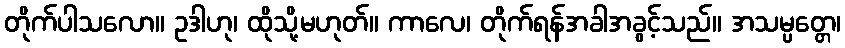
တိုက်ပါသလော။ ဥဒါဟု၊ ထိုသို့မဟုတ်။ ကာလေ၊ တိုက်ရန်အခါအခွင့်သည်။ အသမ္ပတ္တေ၊